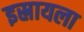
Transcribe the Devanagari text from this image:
इस्रायला